Report on sanitation, dispensaries, and jails in Rajputana for 1909, and on vaccination for the year 1909-1910 - 1909-1910
Year: 1909
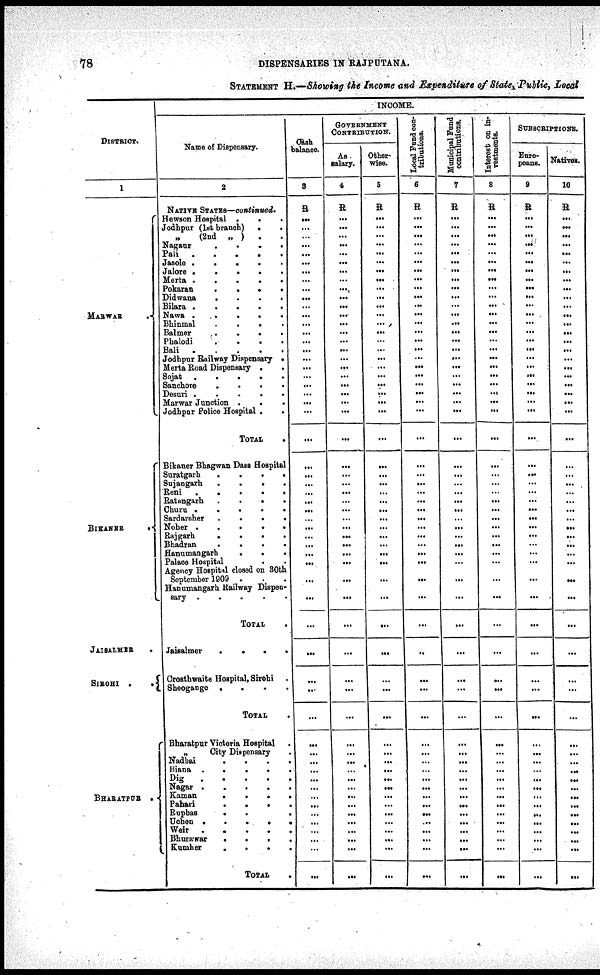
78
DISPENSARIES IN RAJPUTANA.
STATEMENT H.—Showing the Income and Expenditure of State, Public, Local
DISTRICT.
1
MARWAR
BIKANER
JAISALMER
.
SIROHI .
.
BHARATPUR .
INCOME.
Name of Dispensary.
2
NATIVE STATES—continued.
Hewson Hospital .
. .
Jodhpur (1st branch)
.
.
„ (2nd „ )
.
Nagaur
.
.
.
.
Pali
.
.
.
.
.
Jasole
.
.
. . .
Jalore .
.
.
.
.
Merta
.
.
.
. .
Pokaran
.
.
.
.
Didwana
.
.
.
.
Bilara .
.
.
.
.
Nawa
.
.
.
.
Bhinmal
.
.
.
.
Balmer
.
.
.
.
Phalodi
.
.
.
.
Bali
.
. . .
Jodhpur Railway Dispensary .
Merta Road Dispensary .
.
Sojat
.
.
.
.
.
Sanchore
.
.
.
.
Desuri .
.
.
.
.
Marwar Junction .
. .
Jodhpur Police Hospital .
.
TOTAL
.
Bikaner Bhagwan Dass Hospital
Suratgarh
.
.
.
.
Sujangarh
.
.
.
.
Reni . .
.
.
.
Ratangarh
.
. . .
Churn .
.
.
.
.
Sardarsher
.
.
.
.
Noher .
.
.
.
.
Rajgarh
.
.
.
.
Bhadran
.
.
. .
Hanumangarh
.
.
.
Palace Hospital
. .
Agency Hospital closed on 30th
September 1909 . . .
Hanumangarh Railway Dispen-
sary . .
.
.
.
TOTAL .
Jaisalmer
.
.
.
.
Crosthwaite Hospital, Sirohi .
Sheogange .
.
.
.
TOTAL .
Bharatpur Victoria Hospital .
„
City Dispensary .
Nadbai . . . .
Biana .
.
.
. .
Dig
.
.
.
. .
Nagar .
.
.
. .
Kaman
.
.
. .
Pahari
.
.
. .
Rupbas
. . .
Uchen .
.
.
. .
Weir
.
.
.
. .
Bhusawar
.
.
. .
Kumher
.
.
. .
TOTAL .
Cash¬
balance.
3
R
...
...
...
...
...
...
...
...
...
...
...
...
...
...
...
...
...
...
...
...
...
...
...
...
...
...
...
...
...
...
...
...
...
...
...
...
...
...
...
...
...
...
...
...
...
...
...
...
...
...
...
...
...
...
...
...
...
GOVERNMENT
CONTRIBUTION.
As.
Salary.
4
R
...
...
...
...
...
...
...
...
...
...
...
...
...
...
...
...
...
...
...
...
...
...
...
...
...
...
...
...
...
...
...
...
...
...
...
...
...
...
...
...
...
...
...
...
...
...
...
...
...
...
...
...
...
...
...
...
...
Other-
wise.
5
R
...
...
...
...
...
...
...
...
...
...
...
...
...
...
...
...
...
...
...
...
...
...
...
...
...
...
...
...
...
...
...
...
...
...
...
...
...
...
...
...
...
...
...
...
...
...
...
...
...
...
...
...
...
...
...
...
...
Local Fund con¬
tributions.
6
R
...
...
...
...
...
...
...
...
...
...
...
...
...
...
...
...
...
...
...
...
...
...
...
...
...
...
...
...
...
...
...
...
...
...
...
...
...
...
...
...
...
...
...
...
...
...
...
...
...
...
...
...
...
...
...
...
...
Municipal Fund
contributions.
7
R
...
...
...
...
...
...
...
...
...
...
...
...
...
...
...
...
...
...
...
...
...
...
...
...
...
...
...
...
...
...
...
...
...
...
...
...
...
...
...
...
...
...
...
...
...
...
...
...
...
...
...
...
...
...
...
...
...
Interest on in-
vestments.
8
R
...
...
...
...
...
...
...
...
...
...
...
...
...
...
...
...
...
...
...
...
...
...
...
...
...
...
...
...
...
...
...
...
...
...
...
...
...
...
...
...
...
...
...
...
...
...
...
...
...
...
...
...
...
...
...
...
...
SUBSCRIPTIONS.
Euro¬
peans.
9
R
...
...
...
...
...
...
...
...
...
...
...
...
...
...
...
...
...
...
...
...
...
...
...
...
...
...
...
...
...
...
...
...
...
...
...
...
...
...
...
...
...
...
...
...
...
...
...
...
...
...
...
...
...
...
...
...
...
Natives.
10
R
...
...
...
...
...
...
...
...
...
...
...
...
...
...
...
...
...
...
...
...
...
...
...
...
...
...
...
...
...
...
...
...
...
...
...
...
...
...
...
...
...
...
...
...
...
...
...
...
...
...
...
...
...
...
...
...
...